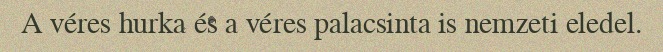
A véres hurka és a véres palacsinta is nemzeti eledel.